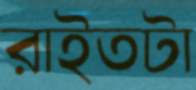
রাইতটা